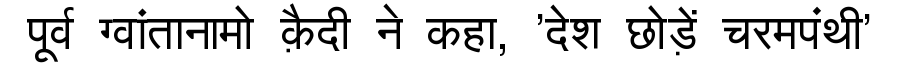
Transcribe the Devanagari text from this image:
पूर्व ग्वांतानामो क़ैदी ने कहा, 'देश छोड़ें चरमपंथी'